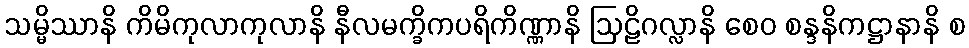
သမ္မိဿာနိ ကိမိကုလာကုလာနိ နီလမက္ခိကပရိကိဏ္ဏာနိ ဩဠိဂလ္လာနိ စေဝ စန္ဒနိကဋ္ဌာနာနိ စ